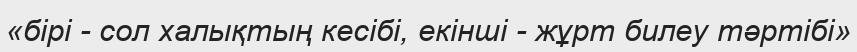
«бірі - сол халықтың кесібі, екінші - жұрт билеу тәртібі»